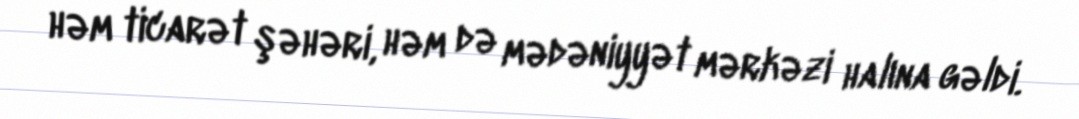
həm ticarət şəhəri, həm də mədəniyyət mərkəzi halına gəldi.